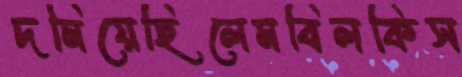
দমিয়েছিলেমবিলকিস